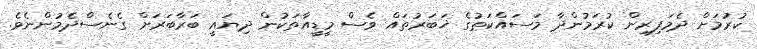
ކުރުމަށް ދެމަފިރިން ކުރަމުންދާ މަސައްކަތުގެ ޚަބަރުތައް ވެސް މީޑީއާތަކުން ދިޔައީ ބަރާބަރަށް ގެނެސްދެމުންނެވެ.